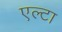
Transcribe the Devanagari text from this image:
एल्टा